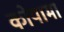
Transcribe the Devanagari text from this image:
कोयामा